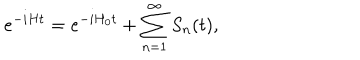
LaTeX: e ^ { - i H t } = e ^ { - i H _ { 0 } t } + \sum _ { n = 1 } ^ { \infty } S _ { n } ( t ) ,